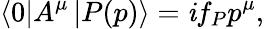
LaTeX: \left\langle0\right|A^{\mu}\left|P(p)\right\rangle=\mathit{i}f_{P}p^{\mu},